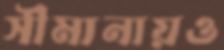
সীমানায়ও